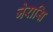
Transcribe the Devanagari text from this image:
जेरासि